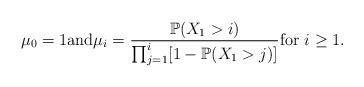
LaTeX: \begin{align*}\mu_0 =1 \mbox{and} \mu_i = \frac{\mathbb{P}(X_1>i)}{\prod_{j=1}^{i}[1 - \mathbb{P}(X_1 > j)]} \mbox{for } i \geq 1.\end{align*}